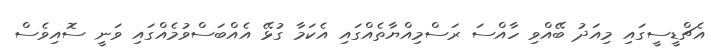
އެޗްޑީސީގައި މިއަދު ބޭއްވި ހާއްސަ ރަސްމިއްޔާތެއްގައި އެކަމާ ގުޅޭ އެއްބަސްވުމެއްގައި ވަނީ ސޮއިވެސް